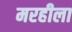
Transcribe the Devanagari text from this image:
मरहीला